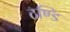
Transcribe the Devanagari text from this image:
ठण्डि